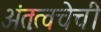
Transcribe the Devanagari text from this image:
अंतःत्वचेची